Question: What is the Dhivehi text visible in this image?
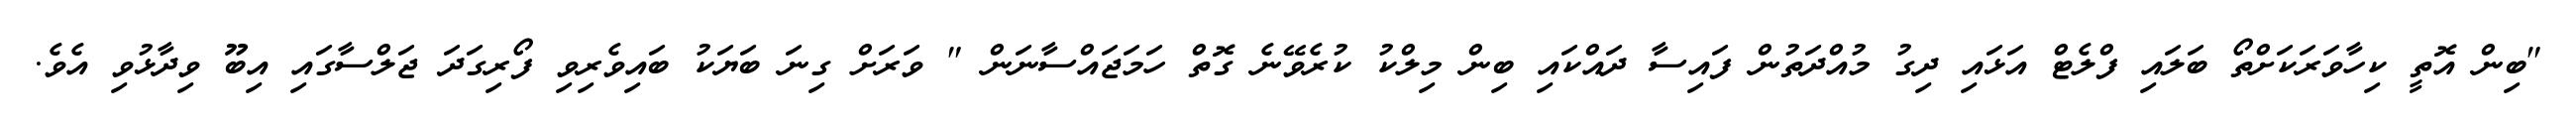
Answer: "ބިން އޮތީ ކިހާވަރަކަށްތޯ ބަލައި ފްލެޓް އަޅައި ދިގު މުއްދަތުން ފައިސާ ދައްކައި ބިން މިލްކު ކުރެވޭނެ ގޮތް ހަމަޖައްސާނަން " ވަރަށް ގިނަ ބަޔަކު ބައިވެރިވި ފޯރިގަދަ ޖަލްސާގައި އިބޫ ވިދާޅުވި އެވެ.